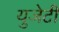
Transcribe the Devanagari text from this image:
युजेटी